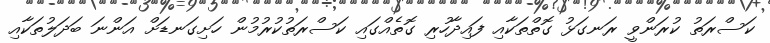
ކަސްރަތު ކުރަންވީ ރަނގަޅު ގޮތްތަކާއި ފައިދާހުރި ގޮތެއްގައި ކަސްރަތުކުރުމުން ހަށިގަނޑަށް އަންނަ ބަދަލުތަކާއި